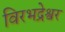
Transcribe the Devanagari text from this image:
विरभद्रेश्वर